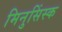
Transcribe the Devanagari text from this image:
मिनुसिंस्क